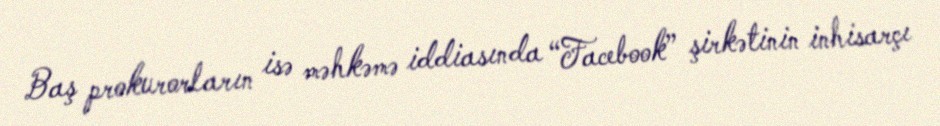
Baş prokurorların isə məhkəmə iddiasında “Facebook” şirkətinin inhisarçı